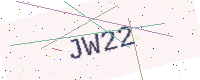
Text: JW22